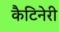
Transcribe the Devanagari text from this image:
कैटिनेरी